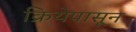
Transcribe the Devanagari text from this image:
क्रियेपासून